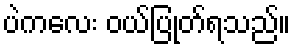
ပဲကလေး ဝယ်ပြုတ်ရသည်။